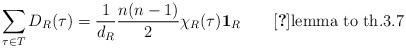
LaTeX: \begin{align*}\sum_{\tau \in T} D_R (\tau ) = \frac{1}{d_R} \frac{n (n - 1)}{2}\chi_R ( \tau )\mbox{{\bf 1}}_R \qquad \mbox{\cite{Tung}lemma to th.3.7}\end{align*}